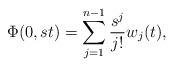
LaTeX: \begin{align*} \Phi(0,s t)= \sum_{j=1}^{n-1}\frac {s^j}{j!} w_j(t), \end{align*}